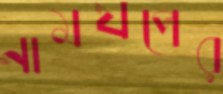
নামযপের